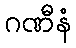
ဂဏီနံ